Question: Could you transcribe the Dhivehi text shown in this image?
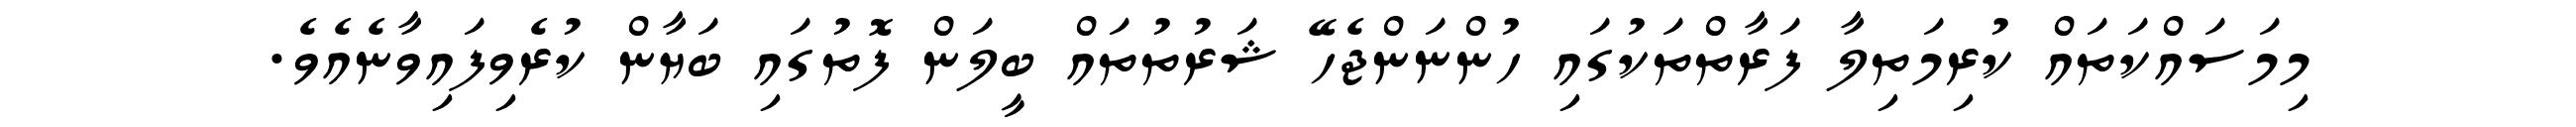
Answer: މިމަސައްކަތައް ކުރިމަތިލާ ފަރާތްތަކުގައި ހުންނަންޖެހޭ ޝަރުތުތައް ބީލަން ފޮތުގައި ބަޔާން ކުރެވިފައިވާނެއެވެ.